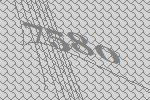
7580